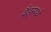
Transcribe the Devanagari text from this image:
वैंड्स्वर्थ